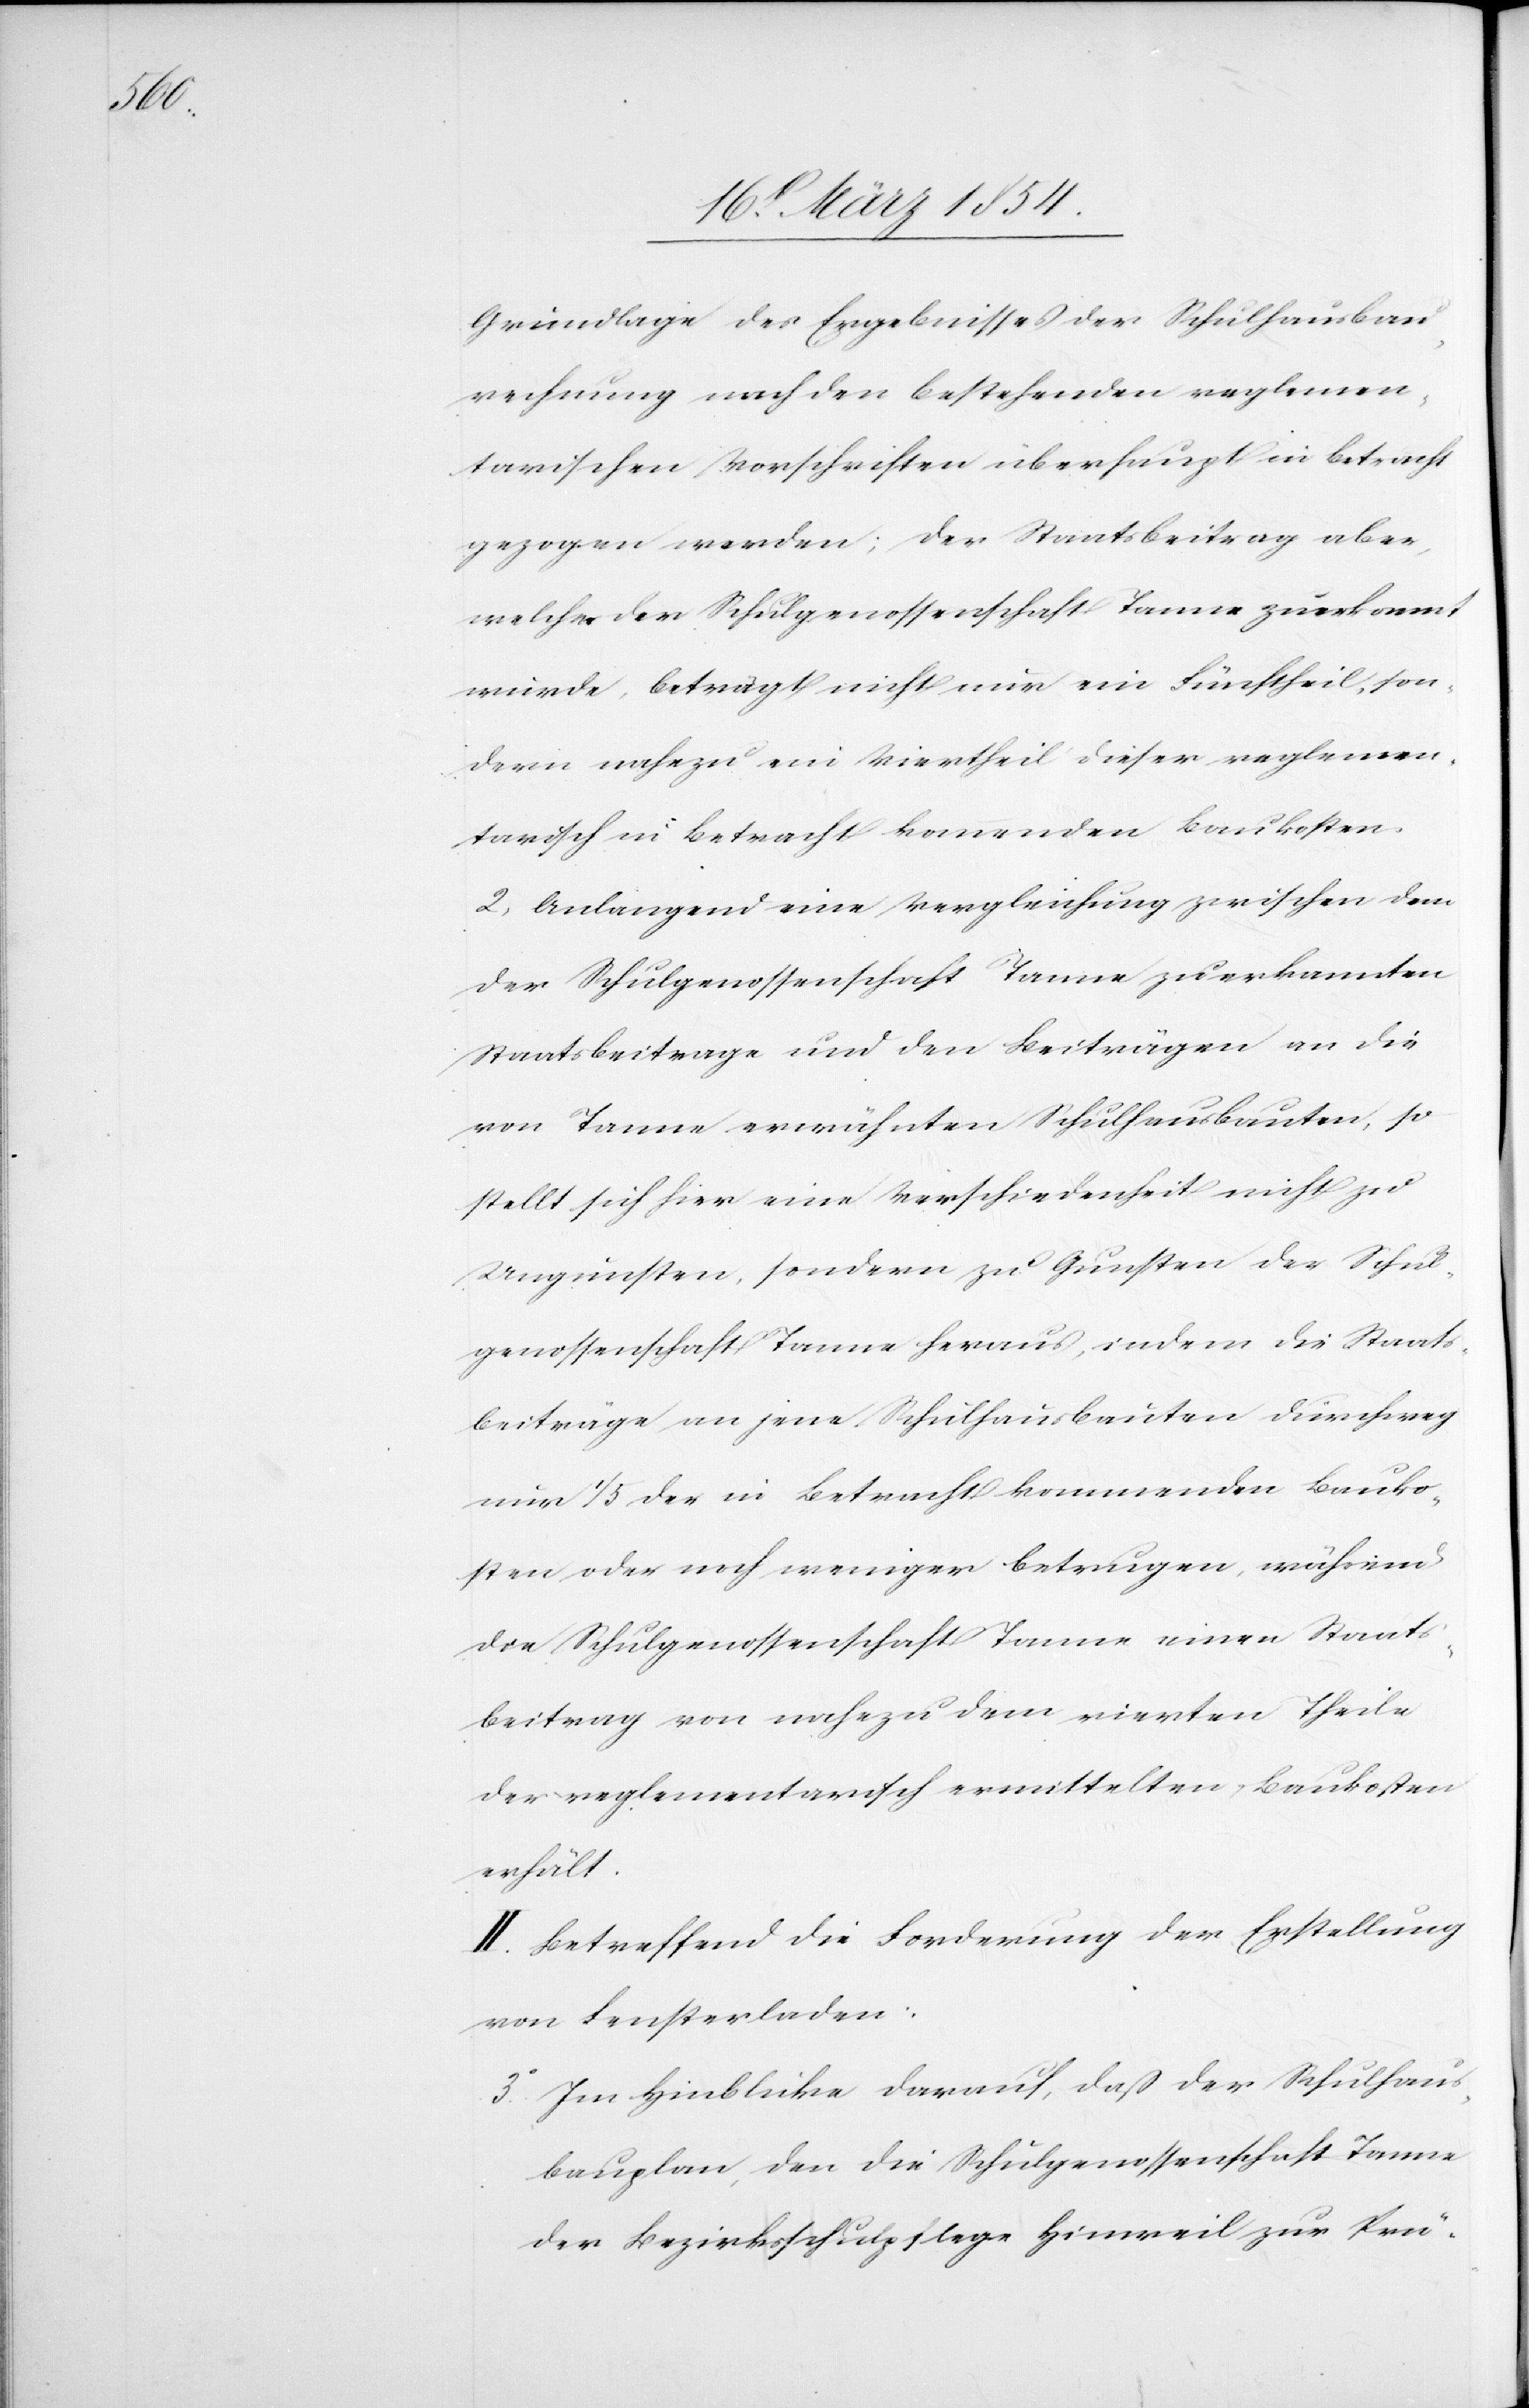
Grundlage des Ergebnisses der Schulhausab¬
rechnung nach den bestehenden reglemen¬
tarischen Vorschriften überhaupt in Betracht
gezogen werden; der Staatsbeitrag aber,
welcher der Schulgenossenschaft Tanne zuerkannt
wurde, beträgt nicht nur ein Fünftheil, son¬
dern nahezu ein Viertheil dieser reglemen¬
tarisch in Betracht kommenden Baukosten.
2) Anlangend eine Vergleichung zwischen dem
der Schulgenossenschaft Tanne zuerkannten
Staatsbeitrage und den Beiträgen an die
von Tanne erwähnten Schulhausbauten, so
stellt sich hier eine Verschiedenheit nicht zu
Ungunsten, sondern zu Gunsten der Schul¬
genossenschaft Tanne heraus, indem die Staats¬
beiträge an jene Schulhausbauten durchweg
nur 1/5 der in Betracht kommenden Bauko¬
sten oder noch weniger betrugen, während
die Schulgenossenschaft Tanne einen Staats¬
beitrag von nahezu dem vierten Theile
der reglementarisch vermittelten Baukosten
erhält.
II. Betreffend die Forderung der Erstellung
von Fensterladen:
3) Im Hinblicke darauf, daß der Schulhaus¬
bauplan, den die Schulgenossenschaft Tanne
der Bezirksschulpflege Hinweil zur Prü-